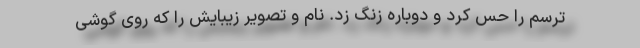
ترسم را حس کرد و دوباره زنگ زد. نام و تصویر زیبایش را که روی گوشی